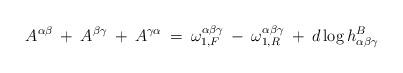
LaTeX: \begin{align*}A^{\alpha \beta} \: + \:A^{\beta \gamma} \: + \: A^{\gamma \alpha} \: = \:\omega_{1, F}^{\alpha \beta \gamma} \: - \:\omega_{1, R}^{\alpha \beta \gamma} \: + \:d \log h^B_{\alpha \beta \gamma}\end{align*}